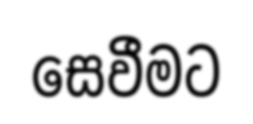
සෙවීමට